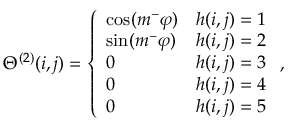
\Theta ^ { ( 2 ) } ( i , j ) = \left\{ \begin{array} { l l } { \cos ( m ^ { - } \varphi ) } & { h ( i , j ) = 1 } \\ { \sin ( m ^ { - } \varphi ) } & { h ( i , j ) = 2 } \\ { 0 } & { h ( i , j ) = 3 } \\ { 0 } & { h ( i , j ) = 4 } \\ { 0 } & { h ( i , j ) = 5 } \end{array} \right. ,